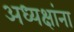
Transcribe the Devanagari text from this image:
अध्यक्षांना